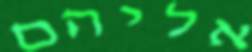
אליהם